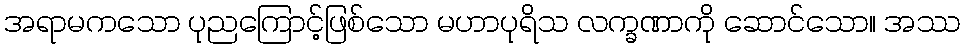
အရာမကသော ပုညကြောင့်ဖြစ်သော မဟာပုရိသ လက္ခဏာကို ဆောင်သော။ အဿ